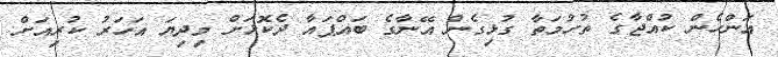
އަންހެން ކުއްޖާގެ ތުހުމަތާ ގުޅިގެން އޭނާގެ ބައްޕައާ ދެކޮޅަށް މިދިޔަ އަހަރު ކުރިއަށް